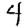
Digit: 4